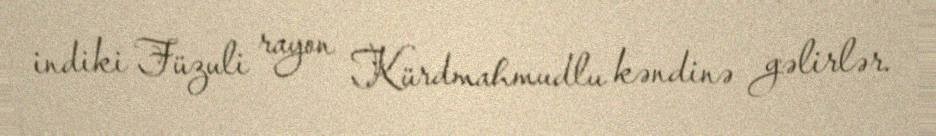
indiki Füzuli rayon Kürdmahmudlu kəndinə gəlirlər.